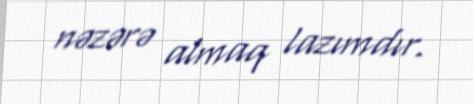
nəzərə almaq lazımdır.